Civil Veterinary Department Bihar & Orissa reports 1929-36 - 1929-1936
Year: 1929
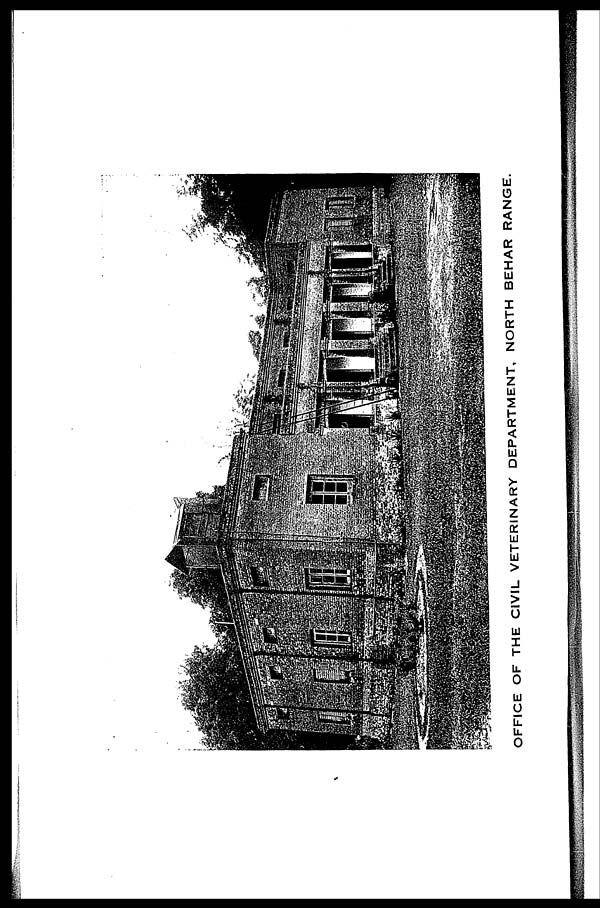
OFFICE OF THE CIVIL VETERINARY DEPARTMENT, NORTH BEHAR RANGE.